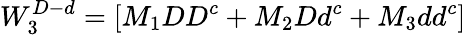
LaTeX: W_{3}^{D-d}=[M_{1}DD^{c}+M_{2}Dd^{c}+M_{3}dd^{c}]